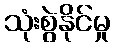
သုံးစွဲနိုင်မှု